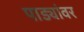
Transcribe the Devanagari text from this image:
पाड्यांवर